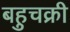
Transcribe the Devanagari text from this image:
बहुचक्री